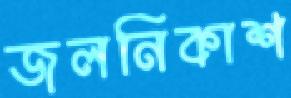
জলনিকাশ